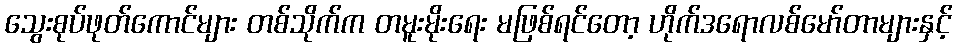
သွေးစုပ်ဖုတ်ကောင်များ တစ်သိုက်က တမူးမိုးရေး မဖြစ်ရင်တော့ ဟိုက်ဒရောလစ်မော်တာများနှင့်